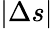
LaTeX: |\Delta s|